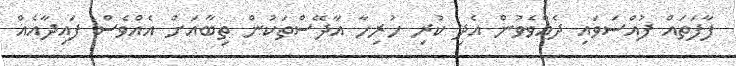
ފާފަތައް ފުއްސަވައި ދެއްވެވުން އެދި ކުރި ހުރިހާ އާދޭސްތަކުން ތިބާއަށް އެއްވެސް ފައިދާއެއް